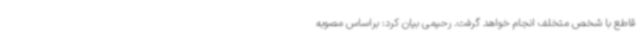
قاطع با شخص متخلف انجام خواهد گرفت. رحیمی بیان کرد: براساس مصوبه